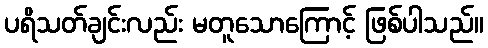
ပရိသတ်ချင်းလည်း မတူသောကြောင့် ဖြစ်ပါသည်။